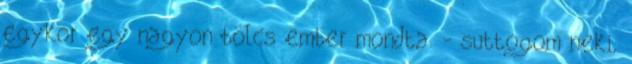
egykor egy nagyon bölcs ember mondta. - suttogom neki,